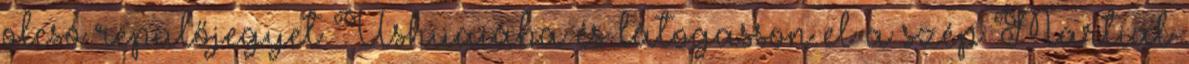
olcsó repülőjegyet Ushuaiába és látogasson el a szép Martial